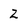
Character: 2